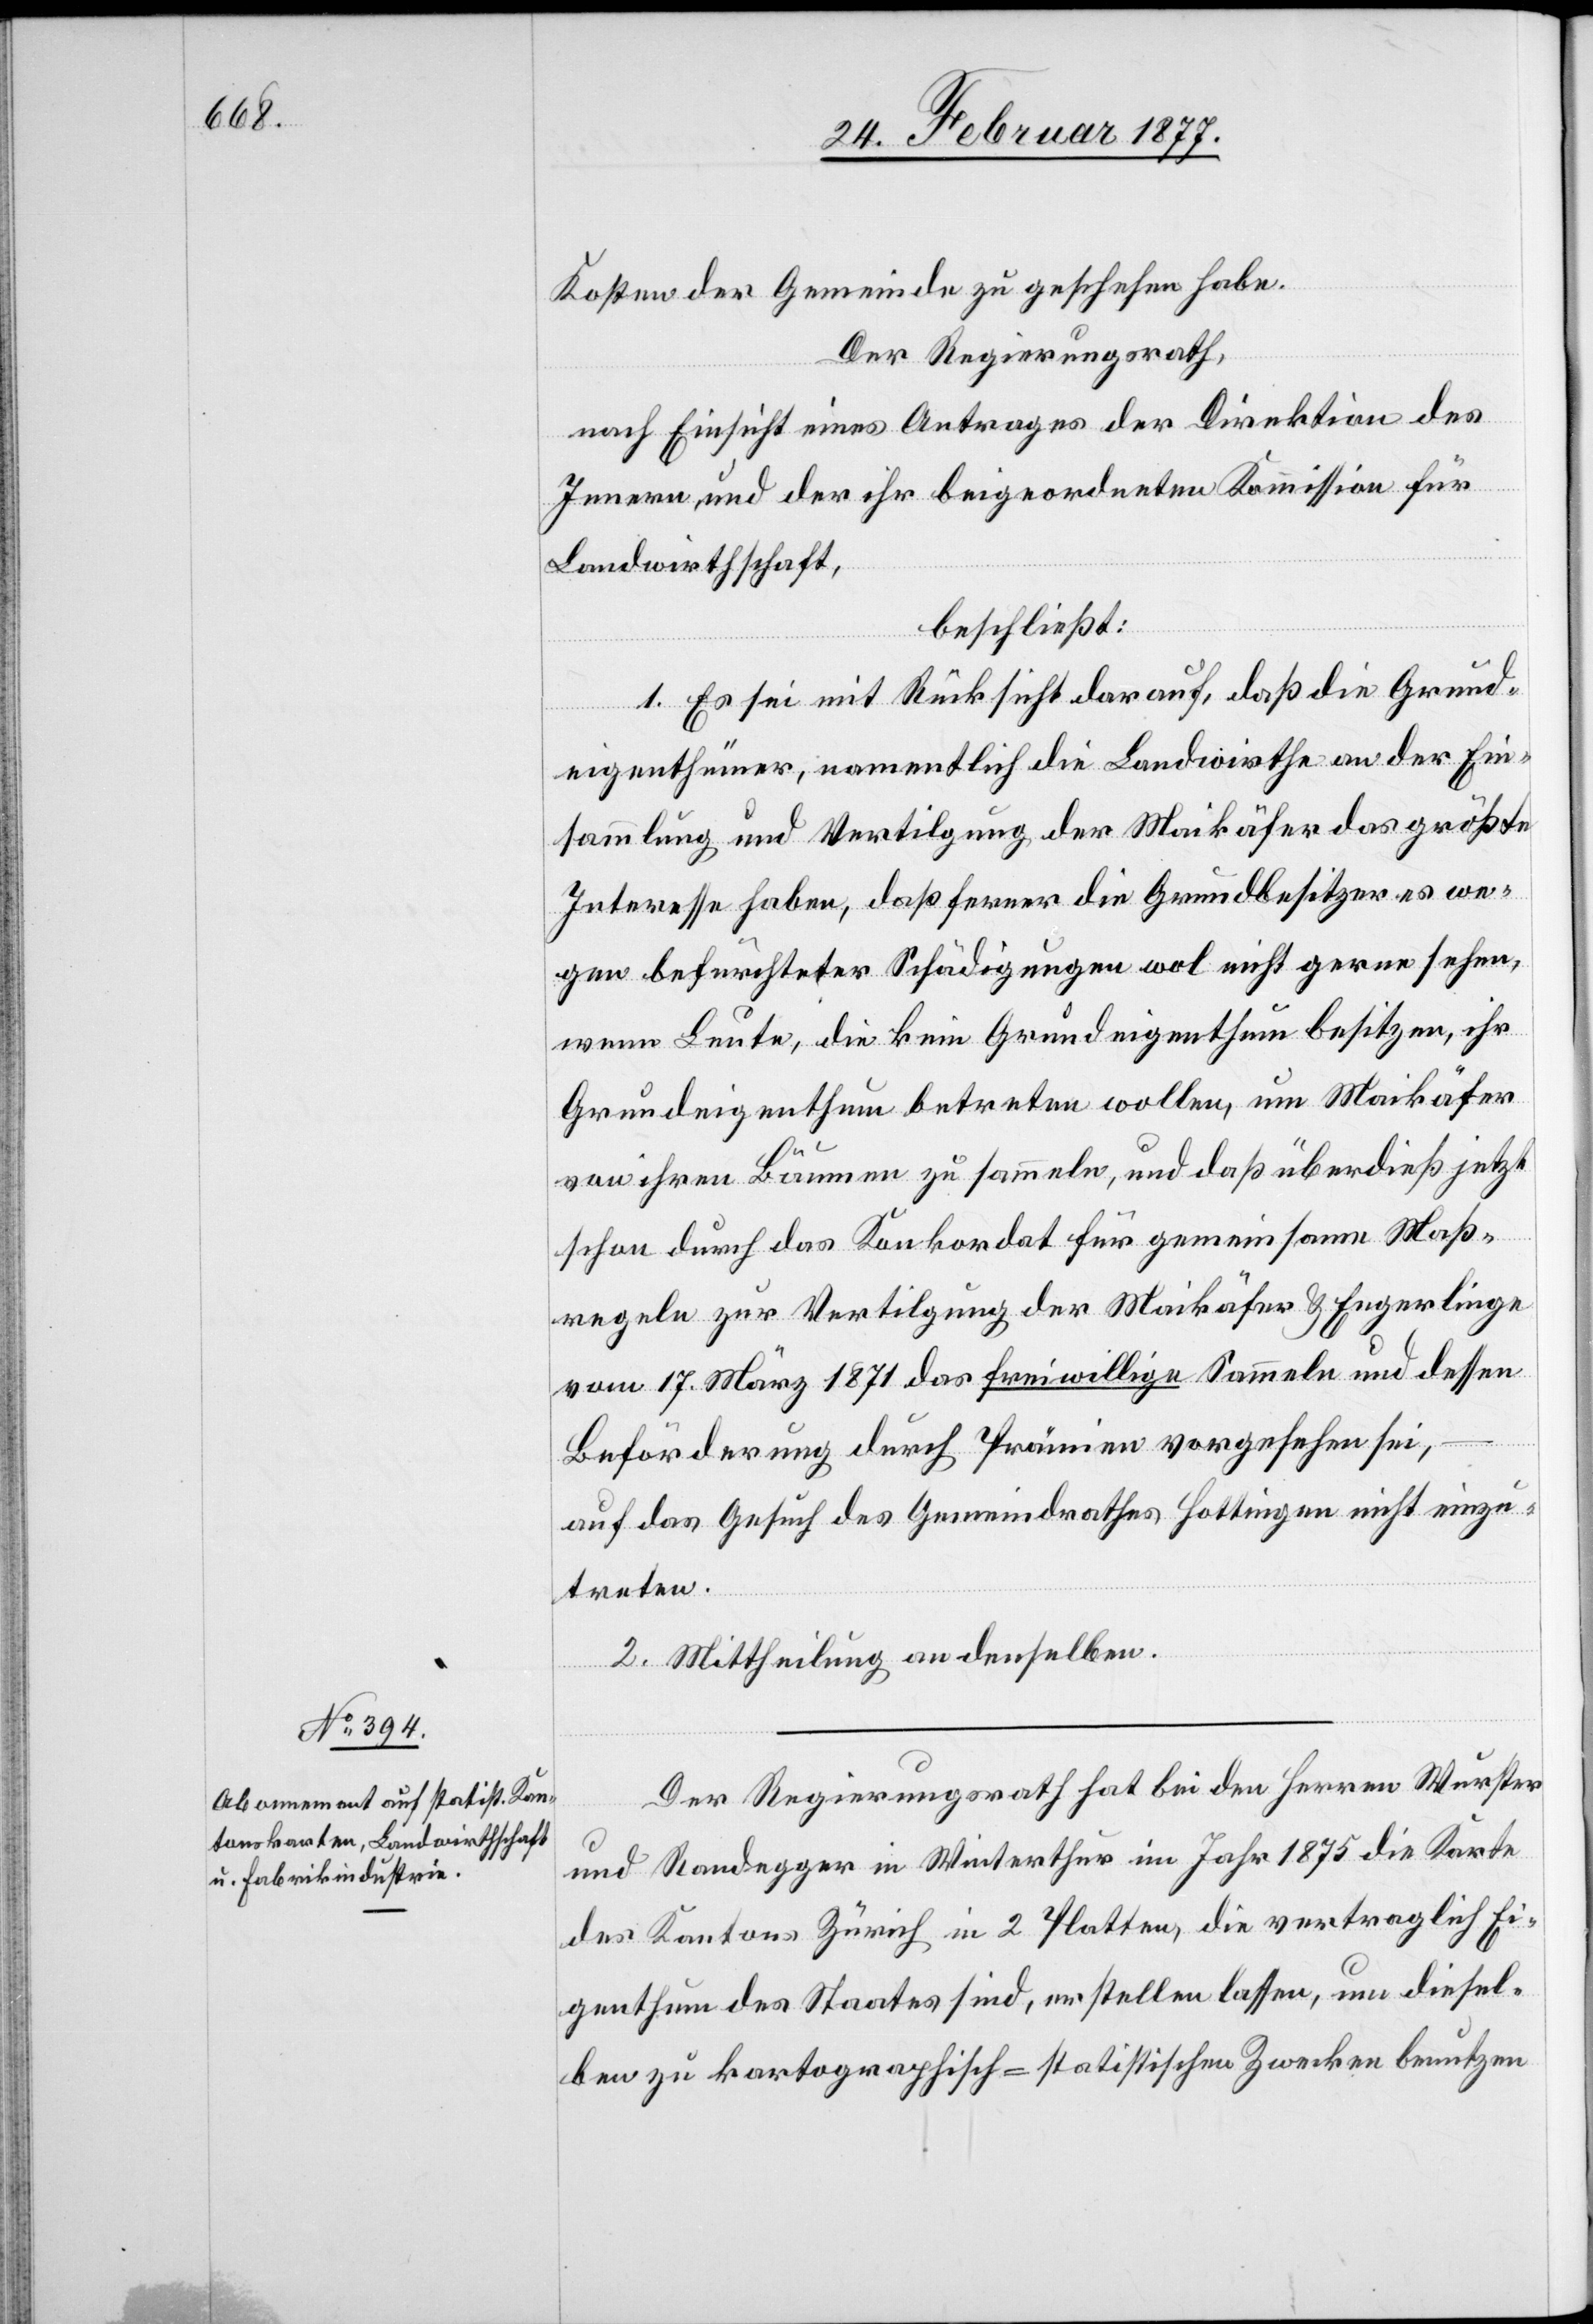
Kosten der Gemeinde zu geschehen habe.
Der Regierungsrath,
nach Einsicht eines Antrages der Direktion des
Innern, und der ihr beigeordneten Kommission für
Landwirthschaft,
beschließt:
1. Es sei mit Rücksicht darauf, daß die Grund¬
eigenthümer, namentlich die Landwirthe an der Ein¬
sammlung und Vertilgung der Maikäfer das größte
Interesse haben, daß ferner die Grundbesitzer es we¬
gen befürchteter Schädigungen wol nicht gerne sehen,
wenn Leute, die kein Grundeigenthum besitzen, ihr
Grundeigenthum betreten wollen, um Maikäfer
von ihren Bäumen zu sammeln, und daß überdieß jetzt
schon durch das Konkordat für gemeinsame Maß¬
regeln zur Vertilgung der Maikäfer & Engerlinge
vom 17. März 1871 das freiwillige Sammeln und dessen
Beförderung durch Prämien vorgesehen sei,
auf das Gesuch des Gemeindrathes Hottingen nicht einzu¬
treten.
2. Mittheilung an denselben.
Der Regierungsrath hat bei den Herren Wurster
und Randegger in Winterthur im Jahr 1875 die Karte
des Kantons Zürich in 2 Platten, die vertraglich Ei¬
genthum des Staates sind, erstellen lassen, um diesel¬
ben zu kartographisch-statistischen Zwecken benutzen